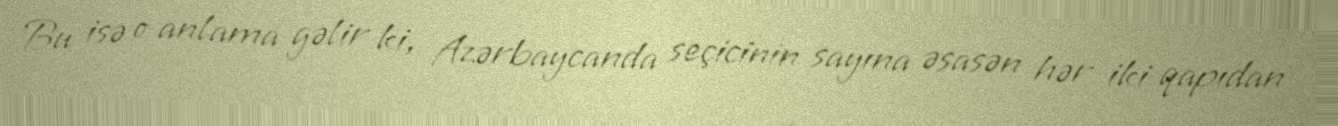
Bu isə o anlama gəlir ki, Azərbaycanda seçicinin sayına əsasən hər iki qapıdan